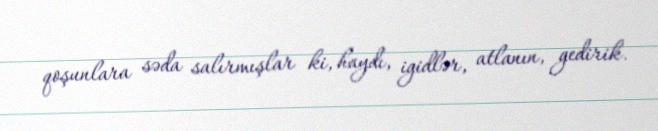
qoşunlara səda salırmışlar ki, haydı, igidlər, atlanın, gedirik.